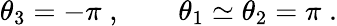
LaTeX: \theta_{3}=-\pi\; ,\qquad\theta_{1}\simeq\theta_{2}=\pi\; .